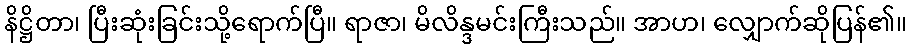
နိဋ္ဌိတာ၊ ပြီးဆုံးခြင်းသို့ရောက်ပြီ။ ရာဇာ၊ မိလိန္ဒမင်းကြီးသည်။ အာဟ၊ လျှောက်ဆိုပြန်၏။